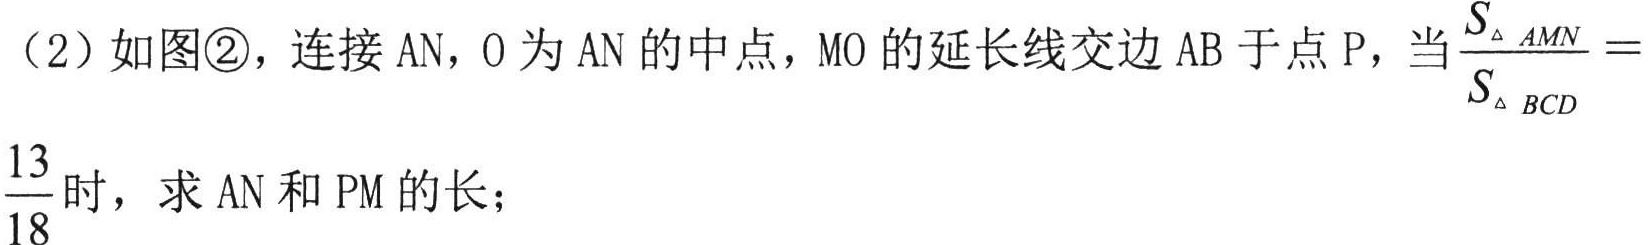
(2) 如图\textcircled{2}，连接 \(AN\)，\(O\) 为 \(AN\) 的中点，\(MO\) 的延长线交边 \(AB\) 于点 \(P\)，当\(\frac{S_{\triangle AMN}}{S_{\triangle BCD}} = \frac{13}{18}\) 时，求 \(AN\) 和 \(PM\) 的长；